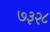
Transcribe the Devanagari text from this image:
७३२८